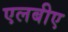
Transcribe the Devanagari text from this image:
एलबीए